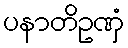
ပနာတိဥဏှံ